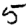
Digit: 5